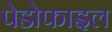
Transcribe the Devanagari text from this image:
पेडोफाइल